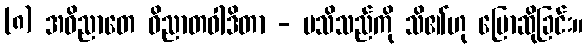
(၈) အဝိညာတေ ဝိညာတဝါဒိတာ - မသိသည်ကို သိ၏ဟု ပြောဆိုခြင်း။